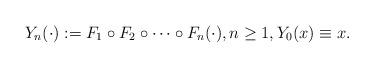
LaTeX: \begin{align*}Y_n(\cdot) := F_1 \circ F_2 \circ \cdots \circ F_n (\cdot), n \ge 1, Y_0(x) \equiv x.\end{align*}